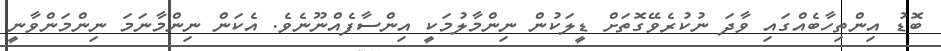
ބޮޑު އިންތިހާބެއްގައި ވާދަ ނުކުރެވޭގޮތަށް ޑީލަކުން ނިންމާލުމަކީ އިންސާފެއްނޫނެވެ. އެކަން ނިންމާނަމަ ނިންމަންވާނީ